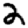
Digit: 2